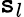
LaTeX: \mathtt{s}_{l}